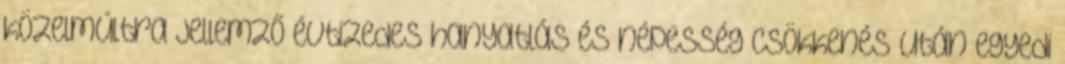
közelmúltra jellemző évtizedes hanyatlás és népesség csökkenés után egyedi